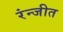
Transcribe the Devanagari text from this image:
रंन्जीत